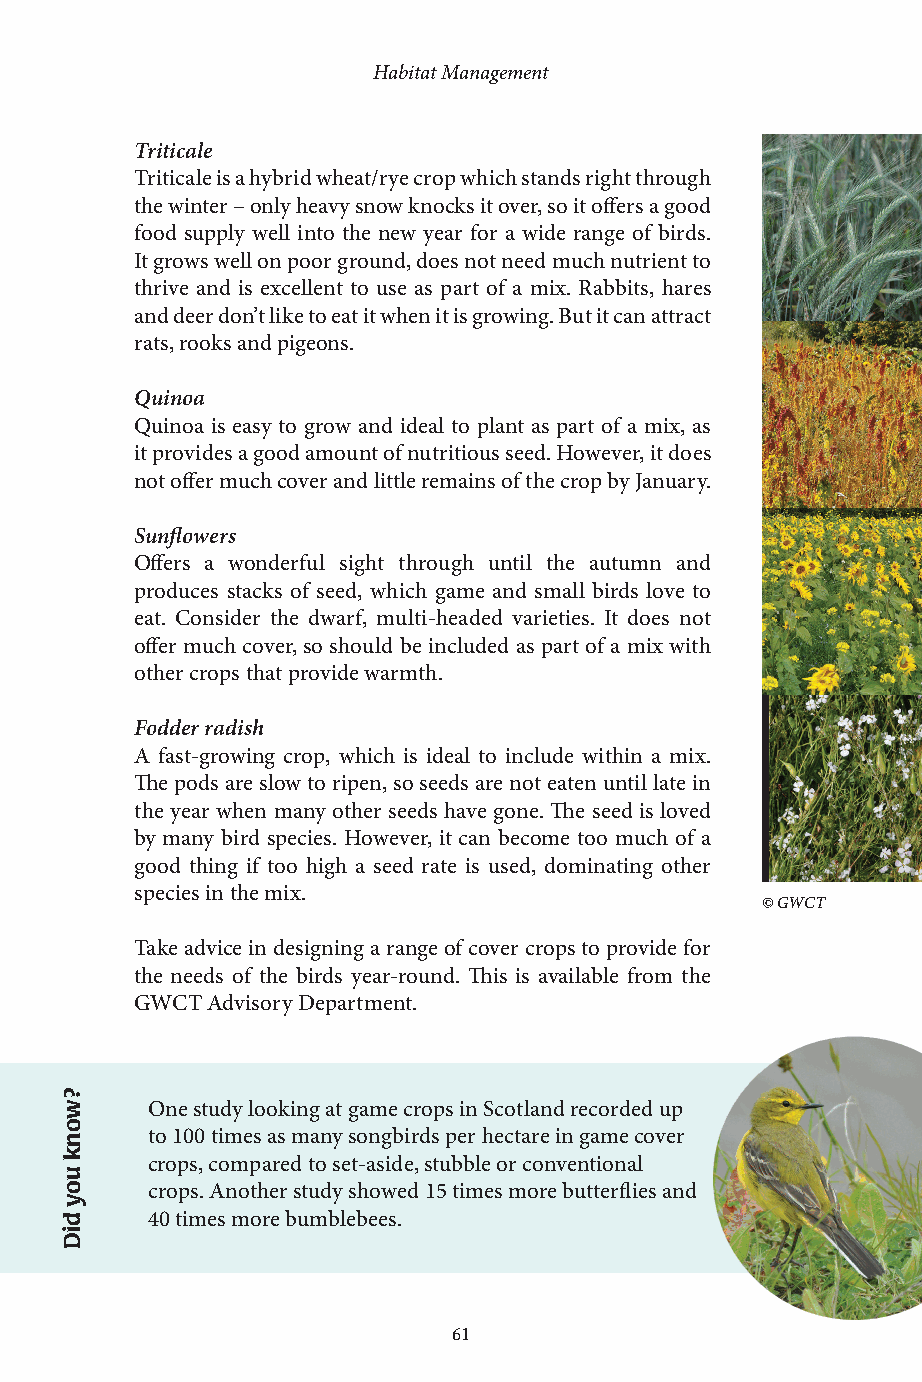
Habitat Management
 Triticale
 Triticale is a hybrid wheat/rye crop which stands right through
 the winter – only heavy snow knocks it over, so it offers a good
 food supply well into the new year for a wide range of birds.
 It grows well on poor ground, does not need much nutrient to
 thrive and is excellent to use as part of a mix. Rabbits, hares
 and deer don’t like to eat it when it is growing. But it can attract
 rats, rooks and pigeons.
 Quinoa
 Quinoa is easy to grow and ideal to plant as part of a mix, as
 it provides a good amount of nutritious seed. However, it does
 not offer much cover and little remains of the crop by January.
 Sunflowers
 Offers a wonderful sight through until the autumn and
 produces stacks of seed, which game and small birds love to
 eat. Consider the dwarf, multi-headed varieties. It does not
 offer much cover, so should be included as part of a mix with
 other crops that provide warmth.
 Fodder radish
 A fast-growing crop, which is ideal to include within a mix.
 The pods are slow to ripen, so seeds are not eaten until late in
 the year when many other seeds have gone. The seed is loved
 by many bird species. However, it can become too much of a
 good thing if too high a seed rate is used, dominating other
 species in the mix.
 © GWCT
 Take advice in designing a range of cover crops to provide for
 the needs of the birds year-round. This is available from the
 GWCT Advisory Department.
 One study looking at game crops in Scotland recorded up
 to 100 times as many songbirds per hectare in game cover
 crops, compared to set-aside, stubble or conventional
 crops. Another study showed 15 times more butterflies and
 40 times more bumblebees.
 60                            61
 ?wonk
 uoy
 diD